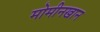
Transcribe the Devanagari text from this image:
मोमीनखान